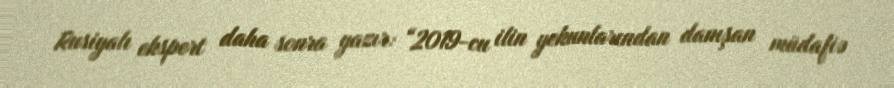
Rusiyalı ekspert daha sonra yazır: “2019-cu ilin yekunlarından danışan müdafiə